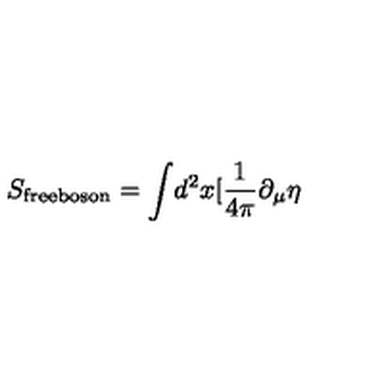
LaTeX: S _ { \mathrm { f r e e b o s o n } } = \int \! d ^ { 2 } x [ \frac { 1 } { 4 \pi } \partial _ { \mu } \eta